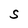
Character: S